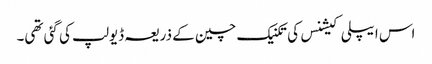
اس ایپلی کیشنس کی تکنیک چین کے ذریعہ ڈیولپ کی گئی تھی۔